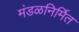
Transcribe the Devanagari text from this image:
मंडळनिर्मित